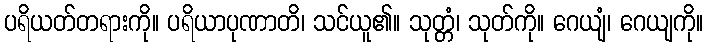
ပရိယတ်တရားကို။ ပရိယာပုဏာတိ၊ သင်ယူ၏။ သုတ္တံ၊ သုတ်ကို။ ဂေယျံ၊ ဂေယျကို။